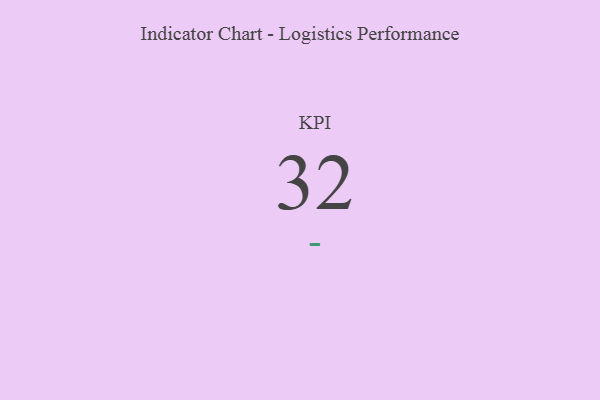
{"axis": {"x": "KPI", "y": "Value"}, "legend": [""], "data": [{"x": "KPI", "y": 32, "type": ""}]}